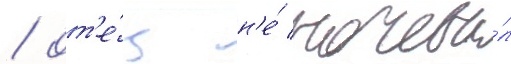
/ от'е́ц н'е́ ночева́л